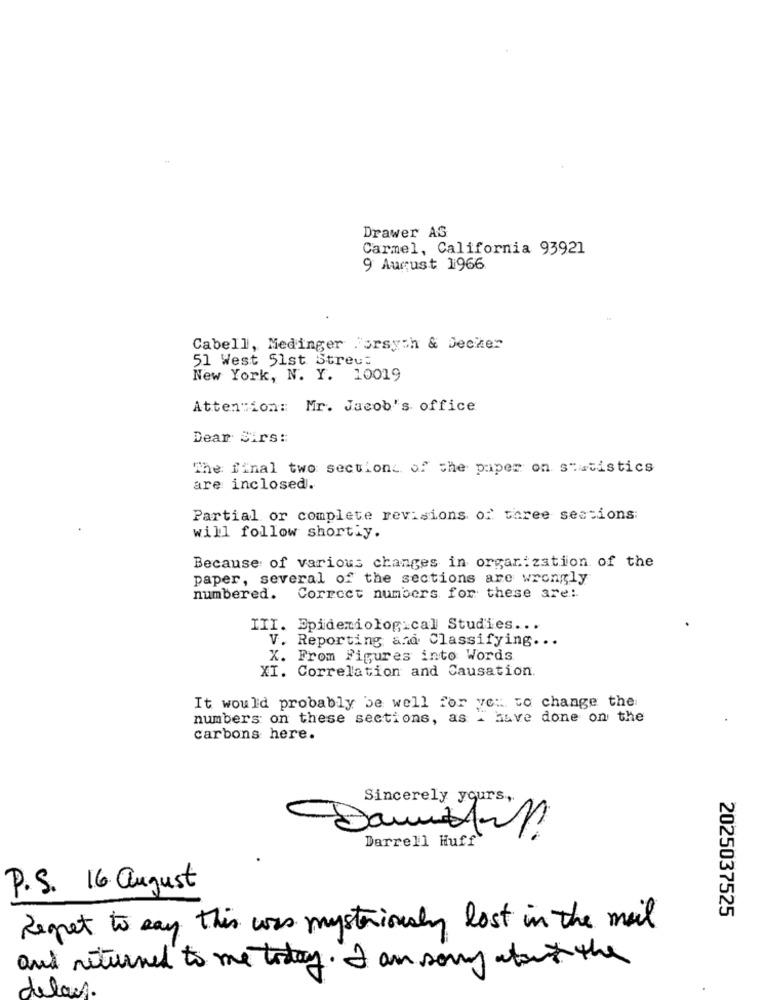
Drawer AS
Carmel, California 93921
9 August 1966
Cabell, Medinger Forsyth & Decker
51 West 51st Streut
New York, N. Y. 10019
Attention: Mr. Jacob's office
Dear Sirs ::
The final two sections of the paper on statistics
are inclosed.
Partial or complete revisions of three sessions:
will follow shortly.
Because of various changes in organ: zation of the
paper, several of the sections are wrongly
numbered.
Correct numbers for these are :.
III. Epidemiological Studies ...
V. Reporting and Classifying ...
X. From Figures into Words
XI. Correlation and Causation.
It would probably be well for ve: to change the
numbers on these sections, as I have done on the
carbons here.
Sincerely yours,
Darrell Huff
P.S. 16. august
2025037525
Regret to say this was mysteriously lost in the mail
and returned to me today. I am sorry about the
delax